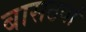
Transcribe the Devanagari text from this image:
बासठवां